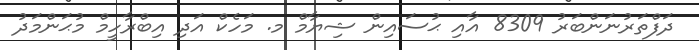
ދަފްތަރުނަންބަރު 8309 އާއި ޙުސައިން ޝިޔާމް މ. މަހެކް އަދި އިބްރާހީމް މުޙަންމަދު